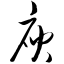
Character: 庾